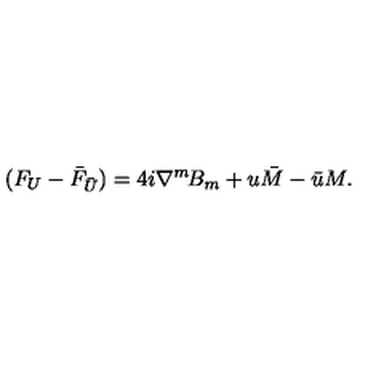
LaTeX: ( F _ { U } - \bar { F } _ { \bar { U } } ) = 4 i \nabla ^ { m } \! B _ { m } + u \bar { M } - \bar { u } M .